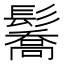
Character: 𩯘